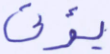
نؤتى